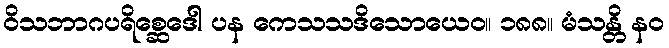
ဝိသဘာဂပရိစ္ဆေဒေါ ပန ကေသသဒိသောယေဝ။ ၁၈၈။ မံသန္တိ နဝ